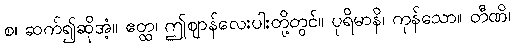
စ၊ ဆက်၍ဆိုအံ့။ ဧတ္ထ၊ ဤဈာန်လေးပါးတို့တွင်။ ပုရိမာနိ၊ ကုန်သော။ တီဏိ၊